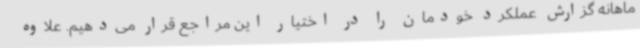
ماهانه گزارش عملکرد خودمان را در اختیار این مراجع قرار می‌دهیم. علاوه